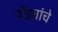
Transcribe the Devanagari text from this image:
गेंड्यांचे